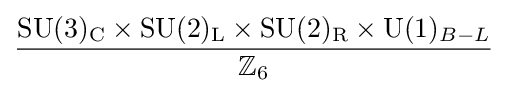
{\frac {\mathrm {SU} (3)_{\text{C}}\times \mathrm {SU} (2)_{\text{L}}\times \mathrm {SU} (2)_{\text{R}}\times \mathrm {U} (1)_{B-L}}{\mathbb {Z} _{6}}}